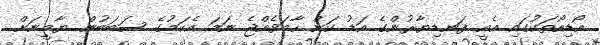
އޯޑިއޯތަކުގައި އެއީ ފަނޑިޔާރުންގެ އަޑު ކަން ހާމަވެއްޖެ ނަމަ އެކަމުގެ ސަބަބުން ޔާމީނަށް